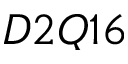
D 2 Q 1 6